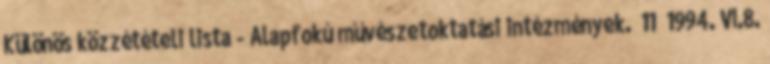
Különös közzétételi lista - Alapfokú művészetoktatási intézmények. 11 1994. VI.8.